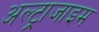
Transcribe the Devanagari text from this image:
अल्ट्राजाइम